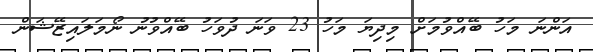
އަންނަ މަހު ބޭއްވުމަށް މިދިޔަ މަހު 23 ވަނަ ދުވަހު ބޭއްވުނު ނޯމަލައިޒޭޝަން